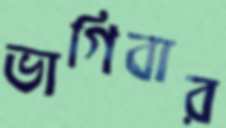
ভাগিবার